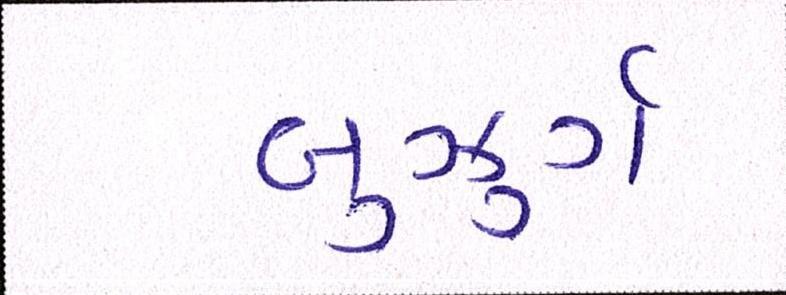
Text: બુઝુર્ગ